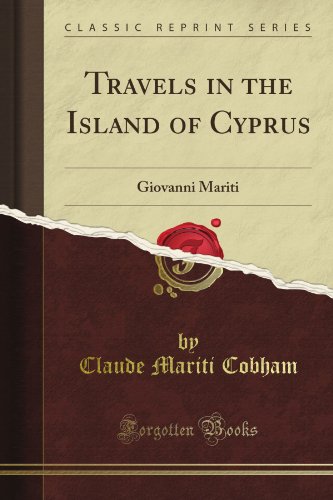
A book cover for Travels in the Island of Cyprus: Giovanni Mariti (Classic Reprint); Claude Mariti Cobham; Travel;